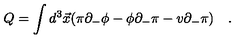
Q = \int d ^ { 3 } \vec { x } ( \pi \partial _ { - } \phi - \phi \partial _ { - } \pi - v \partial _ { - } \pi ) \quad .